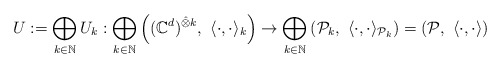
\begin{align*}\!\!\!\!\!\!\!\!\!\!\!\!\!U:=\bigoplus_{k\in\mathbb{N}}U_k:\bigoplus_{k\in\mathbb{N}}\left(({\mathbb C}^d)^{\hat{\otimes}k} , \ \langle \cdot , \cdot\rangle_k\right)\rightarrow\bigoplus_{k\in\mathbb{N}}\left(\mathcal{P}_k, \ \langle \cdot , \cdot\rangle_{\mathcal{P}_k}\right)=\left(\mathcal{P},\ \langle \cdot ,\cdot \rangle\right)\end{align*}